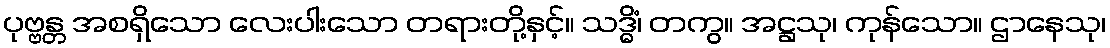
ပုဗ္ဗန္တ အစရှိသော လေးပါးသော တရားတို့နှင့်။ သဒ္ဓိံ၊ တကွ။ အဋ္ဌသု၊ ကုန်သော။ ဌာနေသု၊